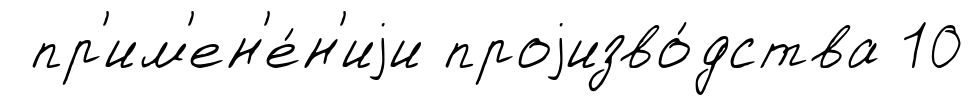
пр'им'ен'е́н'иjи проjизво́дства 10